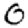
Digit: 0